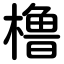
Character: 橹